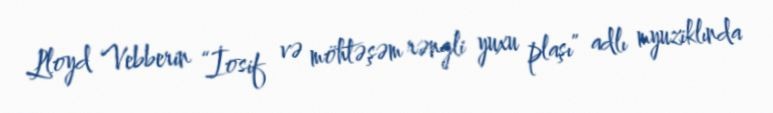
Lloyd Vebberin “İosif və möhtəşəm rəngli yuxu plaşı” adlı myuziklında